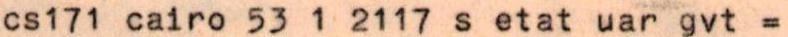
cs171 cairo 53 1 2117 s etat uar gvt =